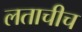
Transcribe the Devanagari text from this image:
लताचीच